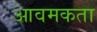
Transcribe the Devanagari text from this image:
आवमकता